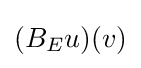
(B_{E}u)(v)